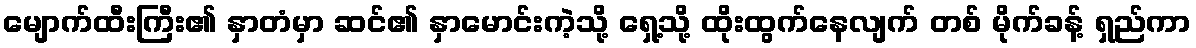
မျောက်ထီးကြီး၏ နှာတံမှာ ဆင်၏ နှာမောင်းကဲ့သို့ ရှေ့သို့ ထိုးထွက်နေလျက် တစ် မိုက်ခန့် ရှည်ကာ